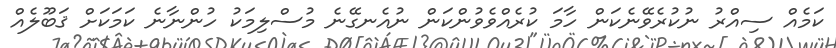
ކަމެއް ސިއްރު ނުކުރެވޭނެކަން ހާމަ ކުރެއްވެވުންކަން ނުއެނގޭނެ މުސްލިމަކު ހުންނާނެ ކަމަކަށް ޤަބޫލެއް